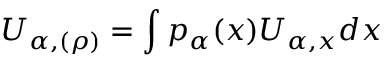
U _ { \alpha , ( \rho ) } = \int p _ { \alpha } ( x ) U _ { \alpha , x } d x